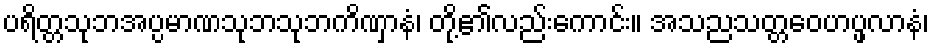
ပရိတ္တသုဘအပ္ပမာဏသုဘသုဘကိဏှာနံ၊ တို့၏လည်းကောင်း။ အသညသတ္တဝေဟပ္ဖလာနံ၊